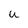
Character: u